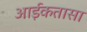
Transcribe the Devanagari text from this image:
आईकतासा